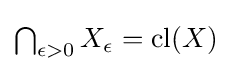
{\textstyle \bigcap _{\epsilon >0}X_{\epsilon }={\text{cl}}(X)}